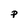
Character: P